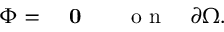
\begin{array} { r l } { \Phi = } & { { } ~ \mathbf { 0 } \qquad \mathrm { ~ o ~ n ~ } \quad \partial \Omega . } \end{array}